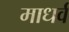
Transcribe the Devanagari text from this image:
माधर्व